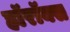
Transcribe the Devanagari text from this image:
हॉरॉक्स